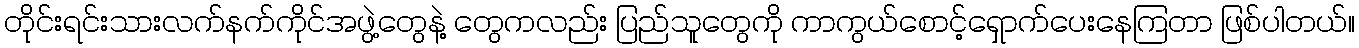
တိုင်းရင်းသားလက်နက်ကိုင်အဖွဲ့တွေနဲ့ တွေကလည်း ပြည်သူတွေကို ကာကွယ်စောင့်ရှောက်ပေးနေကြတာ ဖြစ်ပါတယ်။